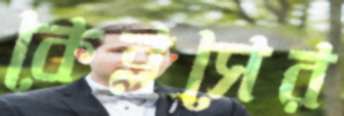
কেব্লসের